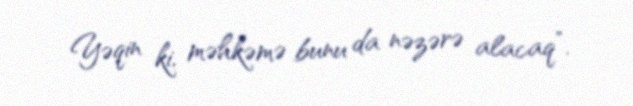
Yəqin ki, məhkəmə bunu da nəzərə alacaq”.